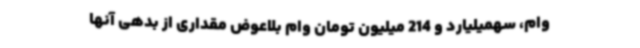
وام، سهمیلیارد و 214 میلیون تومان وام بلاعوض مقداری از بدهی آنها